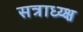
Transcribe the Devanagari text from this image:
सत्राध्य्क्ष